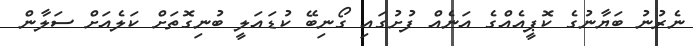
ނެރުނު ބަޔާނުގެ ކޮޕީއެއްގެ އަނެއް ފުށުގައި ގޯނިބޭ ކުޑައަލީ ބުނިގޮތަށް ކަލެއަށް ސަލާން